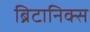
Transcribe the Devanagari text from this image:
ब्रिटानिक्स